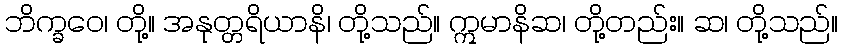
ဘိက္ခဝေ၊ တို့။ အနုတ္တရိယာနိ၊ တို့သည်။ ဣမာနိဆ၊ တို့တည်း။ ဆ၊ တို့သည်။